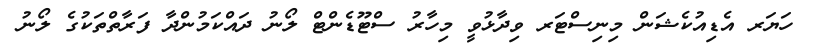
ހަޔަރ އެޑިއުކެޝަން މިނިސްޓަރ ވިދާޅުވީ މިހާރު ސްޓޫޑެންޓް ލޯނު ދައްކަމުންދާ ފަރާތްތަކުގެ ލޯނު